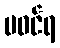
မဝင်ရ